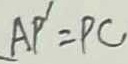
A P ^ { \prime } = P C